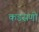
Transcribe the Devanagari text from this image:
कडसणी